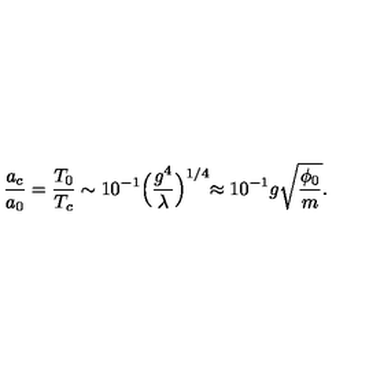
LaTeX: { \frac { a _ { c } } { a _ { 0 } } } = { \frac { T _ { 0 } } { T _ { c } } } \sim 1 0 ^ { - 1 } \Bigr ( { \frac { g ^ { 4 } } { \lambda } } \Bigl ) ^ { 1 / 4 } \approx 1 0 ^ { - 1 } g \sqrt { \frac { \phi _ { 0 } } { m } } .